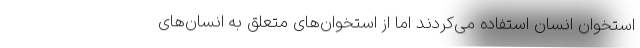
استخوان انسان استفاده می‌کردند اما از استخوان‌های متعلق به انسان‌های